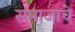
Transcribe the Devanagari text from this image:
समाजाचें